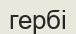
гербі